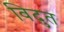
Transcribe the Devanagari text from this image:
विदुत